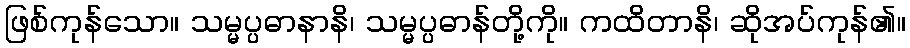
ဖြစ်ကုန်သော။ သမ္မပ္ပဓာနာနိ၊ သမ္မပ္ပဓာန်တို့ကို။ ကထိတာနိ၊ ဆိုအပ်ကုန်၏။